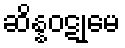
ဆိန္နဝဋုမေ